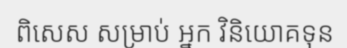
ពិសេស សម្រាប់ អ្នក វិនិយោគទុន